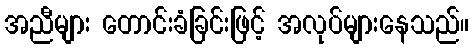
အညီများ တောင်းခံခြင်းဖြင့် အလုပ်များနေသည်။